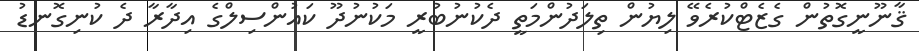
ޤާނޫނީގޮތުން ގެޒެޓްކުރެވޭ ލިޔުން ތިލަދުންމަތީ ދެކުނުބުރީ މަކުނުދޫ ކައުންސިލްގެ އިދާރާ ދެ ކުނިގޮނޑު